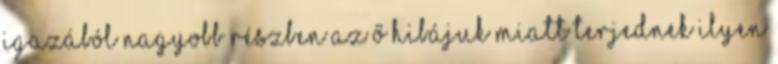
Igazából nagyobb részben az Ő hibájuk miatt terjednek ilyen